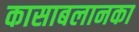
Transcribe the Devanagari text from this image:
कासाबलानका